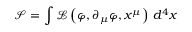
{ \mathcal { S } } = \int { \mathcal { L } } \left( \varphi , \partial _ { \mu } \varphi , x ^ { \mu } \right) \, d ^ { 4 } x